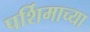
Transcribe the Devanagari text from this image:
पर्शिमाच्या